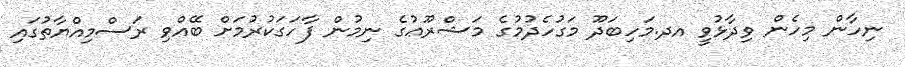
ނިހާން މިހެން ވިދާޅުވީ އދ.މަހިބަދޫ މަގުހެދުމުގެ މަޝްރޫޢުގެ ނިމުން ފާހަގަކުރުމަށް ބޭއްވި ރަސްމިއްޔާތުގައި